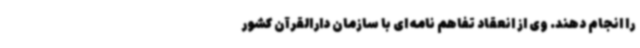
را انجام دهند. وی از انعقاد تفاهم نامه ای با سازمان دارالقرآن کشور